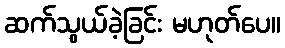
ဆက်သွယ်ခဲ့ခြင်း မဟုတ်ပေ။